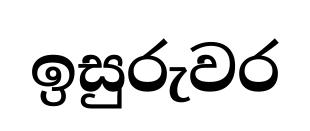
ඉසුරුවර